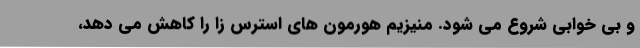
و بی خوابی شروع می شود. منیزیم هورمون های استرس زا را کاهش می دهد،